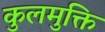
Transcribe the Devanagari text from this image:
कुलमुक्ति